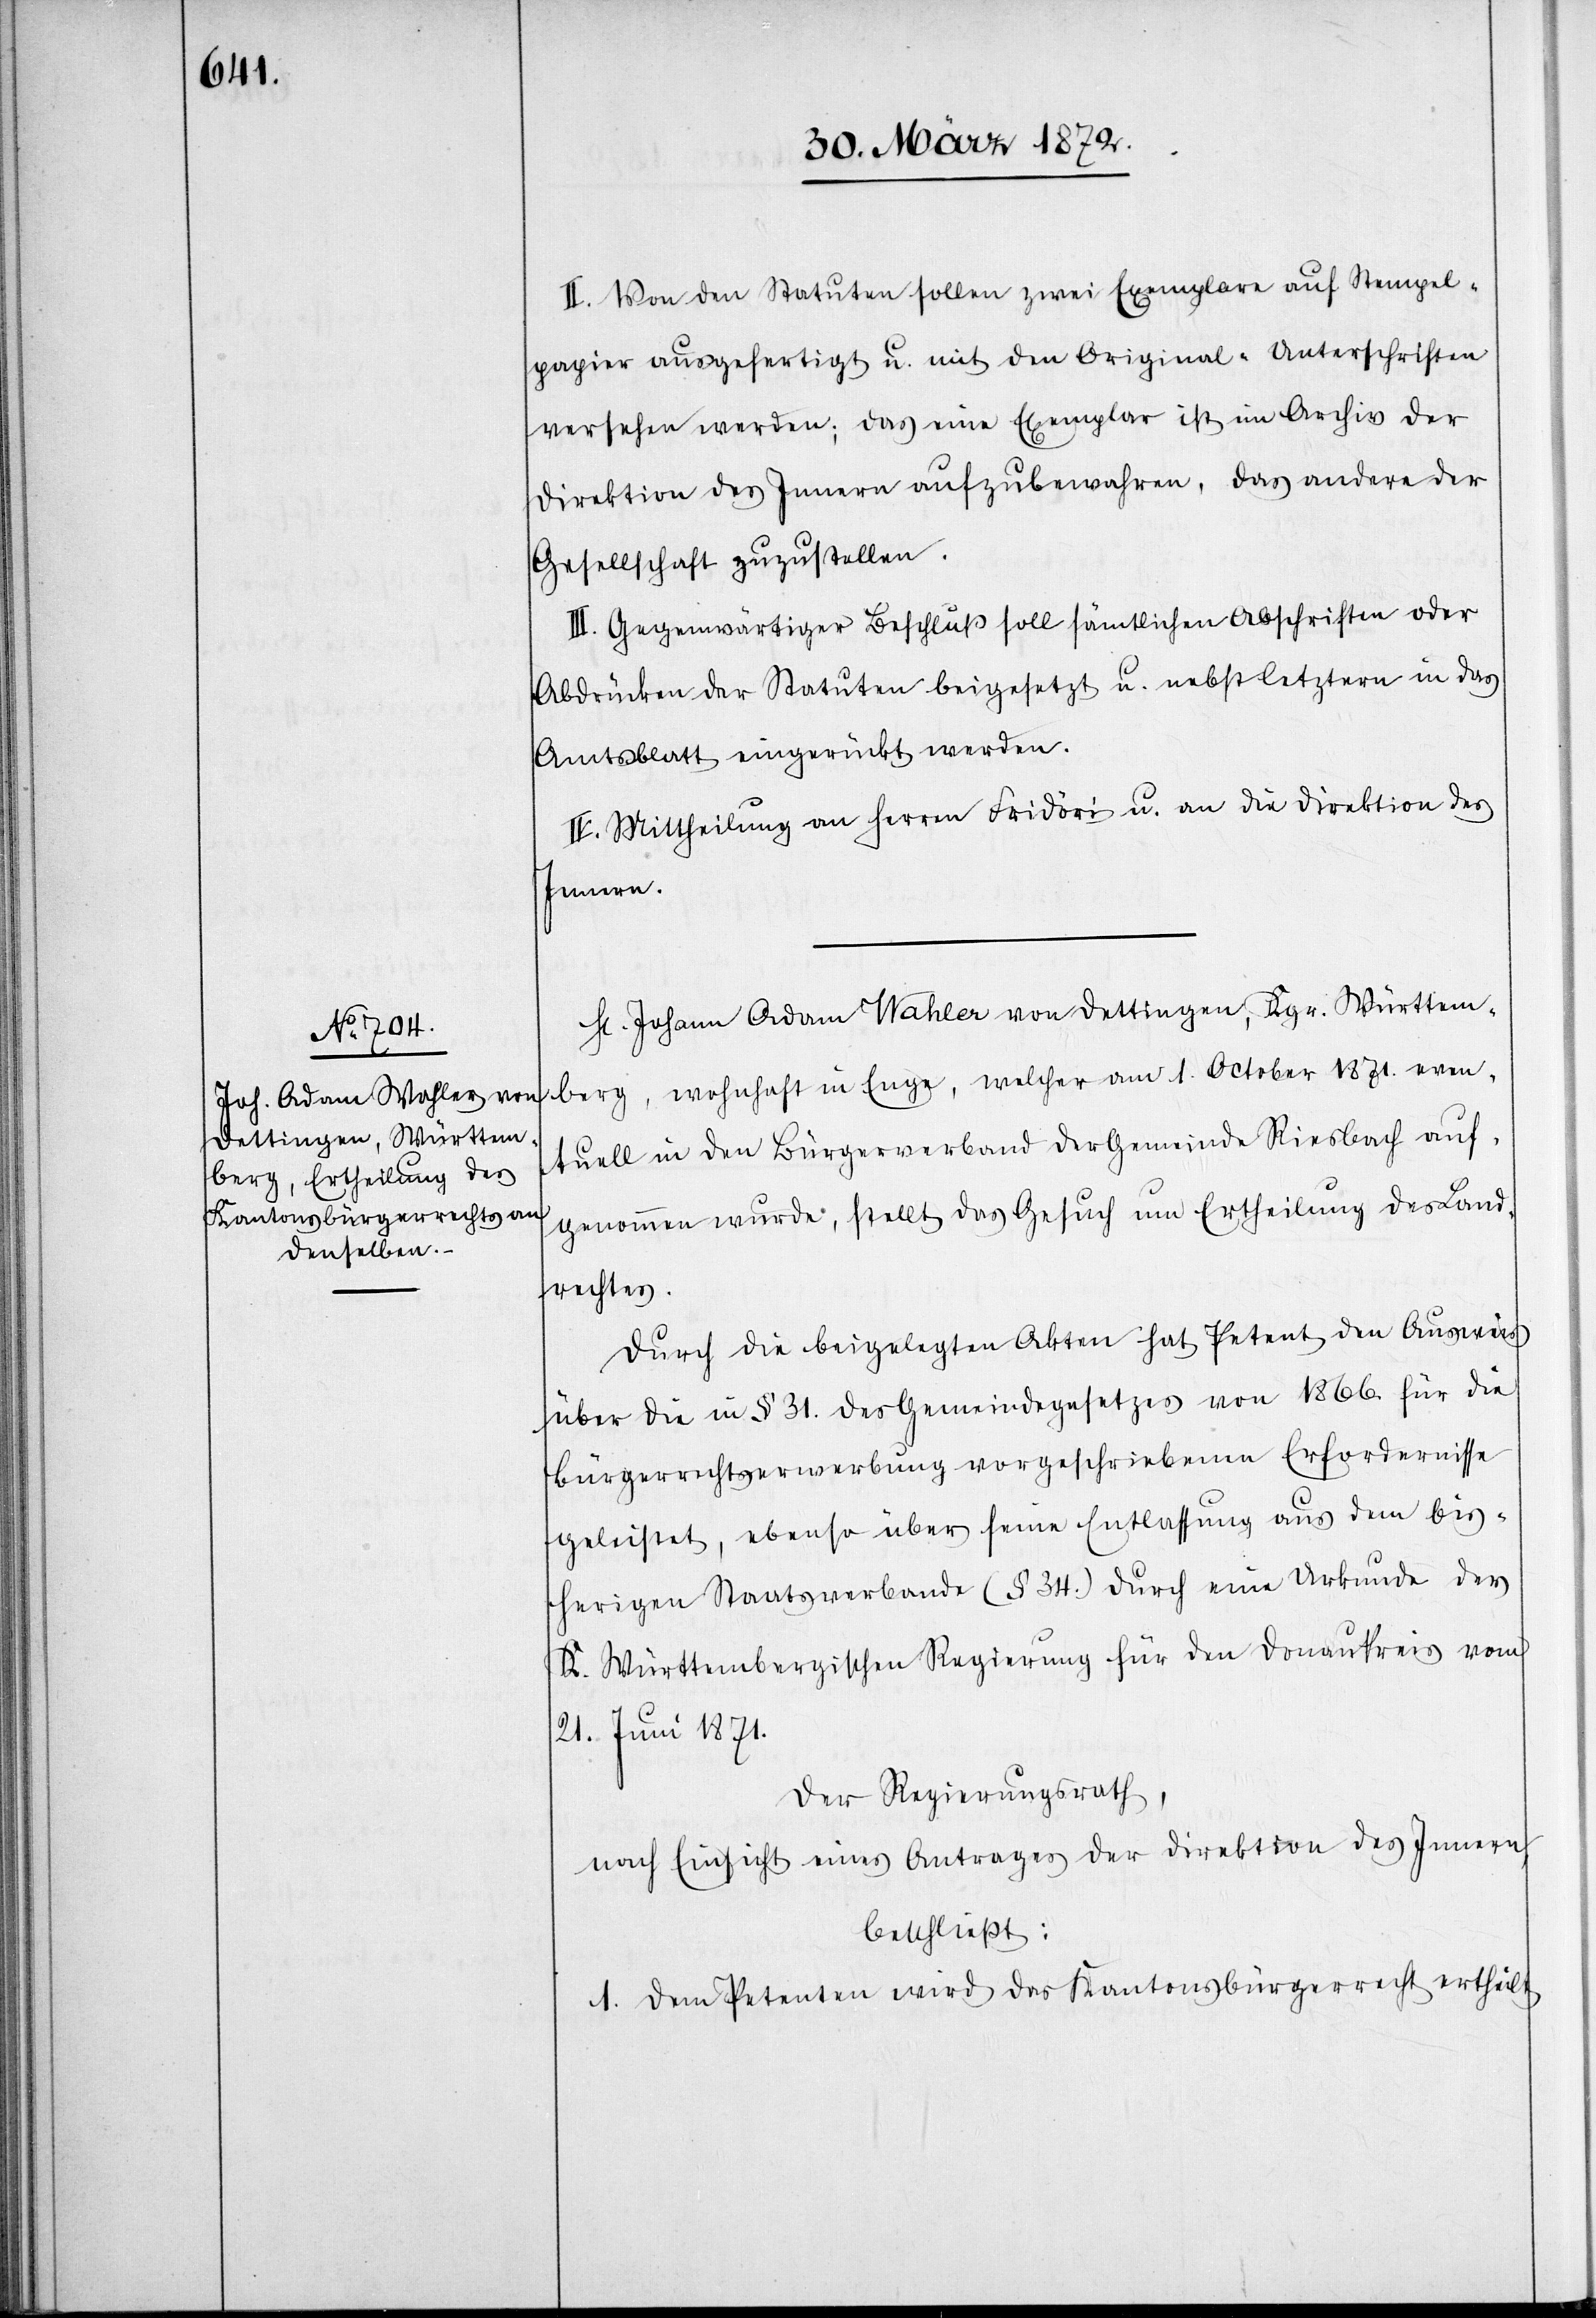
II. Von den Statuten sollen zwei Exemplare auf Stempel¬
papier ausgefertigt u. mit den Original-Unterschriften
versehen werden; das eine Exemplar ist im Archiv der
Direktion des Innern aufzubewahren, das andere der
Gesellschaft zuzustellen.
III. Gegenwärtiger Beschluß soll sämtlichen Abschriften oder
Abdrücken der Statuten beigesetzt u. nebst letztern in das
Amtsblatt eingerückt werden.
III. Mittheilung an Herren Fridöri u. an die Direktion des
Innern.
Hr. Johann Adam Wahler von Dettingen, Kgr. Württem¬
berg, wohnhaft in Enge, welcher am 1. October 1871. even¬
tuell in den Bürgerverband der Gemeinde Riesbach auf¬
genommen wurde, stellt das Gesuch um Ertheilung des Land¬
rechtes.
Durch die beigelegten Akten hat Petent den Ausweis
über die in § 31. des Gemeindegesetzes von 1866. für die
Bürgerrechtserwerbung vorgeschriebenen Erfordernisse
geleistet, ebenso über seine Entlassung aus dem bis¬
herigen Staatsverbande (§ 34.) durch eine Urkunde der
K. Württembergischen Regierung für den Donaukreis vom
21. Juni 1871.
Der Regierungsrath,
nach Einsicht eines Antrages der Direktion des Innern,
beschließt:
I. Dem Petenten wird das Kantonsbürgerrecht ertheilt